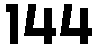
144